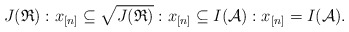
\begin{align*}J(\mathfrak{R}):x_{[n]}\subseteq \sqrt{J(\mathfrak{R})}:x_{[n]}\subseteq I(\mathcal{A}):x_{[n]}=I(\mathcal{A}).\end{align*}